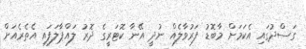
ގަސްދުގައި އެކަމަށް މާބޮޑު ފަރުވާލެއް ނުދީ އޭނާ ކޮޓަރީގެ ދޮރު ލައްޕާލަފައި އެތެރެއަށް